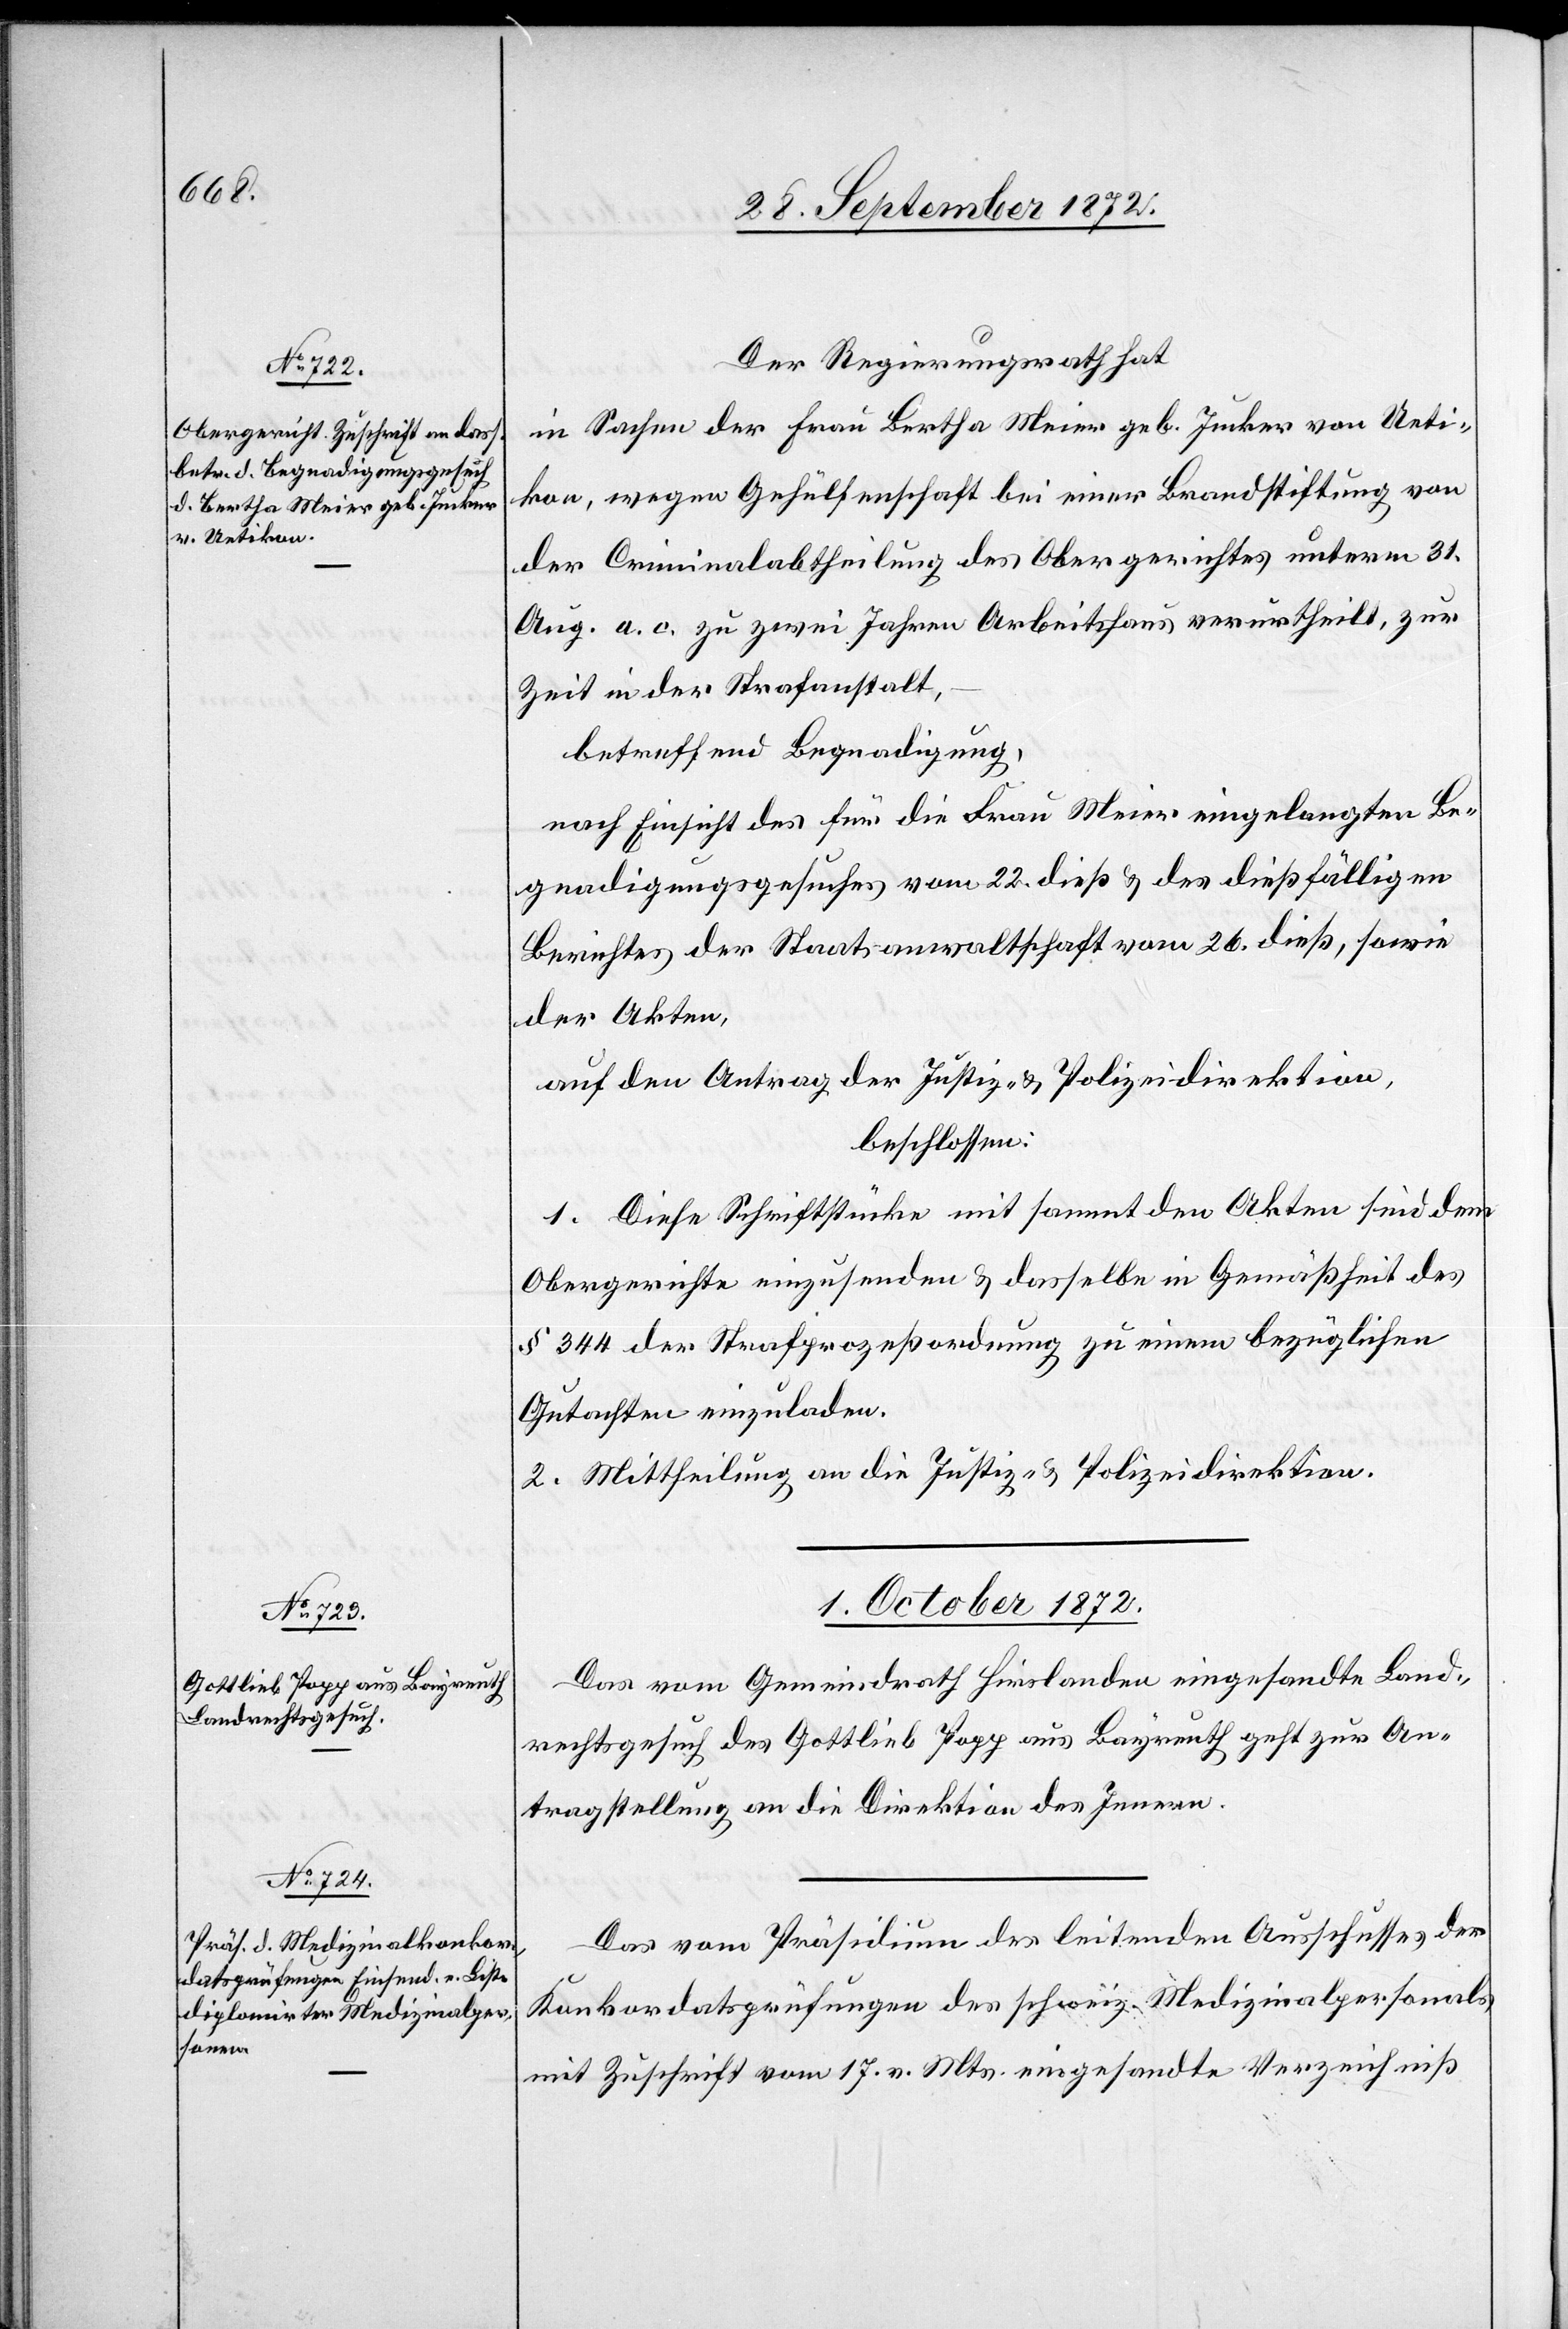
30. September 1872.]
Der Regierungsrath hat
in Sachen der Frau Bertha Meier geb. Junker von Ueti¬
kon, wegen Gehülfenschaft bei einer Brandstiftung von
der Criminalabtheilung des Obergerichtes unterm 31.
Aug. a. c. zu zwei Jahren Arbeitshaus verurtheilt, zur
Zeit in der Strafanstalt,
betreffend Begnadigung,
nach Einsicht des für die Frau Meier eingelangten Be¬
gnadigungsgesuches vom 22. dieß u. des dießfälligen
Berichtes der Staatsanwaltschaft vom 26. dieß, sowie
der Akten,
auf den Antrag der Justiz- u. Polizeidirektion,
beschlossen:
1. Diese Schriftstücke mit sammt den Akten sind dem
Obergerichte einzusenden u. dasselbe in Gemäßheit des
§ 344 der Strafprozeßordnung zu einem bezüglichen
Gutachten einzuladen.
2. Mittheilung an die Justiz- u. Polizeidirektion.
1. Oktober 1872.]
Das vom Gemeindrath Hirslanden eingesandte Land¬
rechtsgesuch des Gottlieb Popp aus Bayreuth geht zur An¬
tragstellung an die Direktion des Innern.
Das vom Präsidium des leitenden Ausschusses der
Konkordatsprüfungen des schweiz. Medizinalpersonals
mit Zuschrift vom 17. v. Mts. eingesandte Verzeichniß